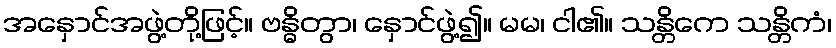
အနှောင်အဖွဲ့တို့ဖြင့်။ ဗန္ဓိတွာ၊ နှောင်ဖွဲ့၍။ မမ၊ ငါ၏။ သန္တိကေ သန္တိကံ၊